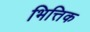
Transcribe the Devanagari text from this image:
भित्तिक